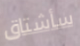
سأشتاق